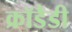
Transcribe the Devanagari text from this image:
क्रॉडैडी